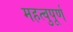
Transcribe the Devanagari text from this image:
महत्वुपूर्ण